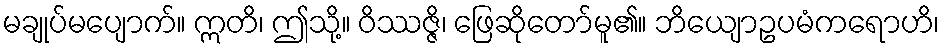
မချုပ်မပျောက်။ ဣတိ၊ ဤသို့။ ဝိဿဇ္ဇိ၊ ဖြေဆိုတော်မူ၏။ ဘိယျောဥပမံကရောဟိ၊